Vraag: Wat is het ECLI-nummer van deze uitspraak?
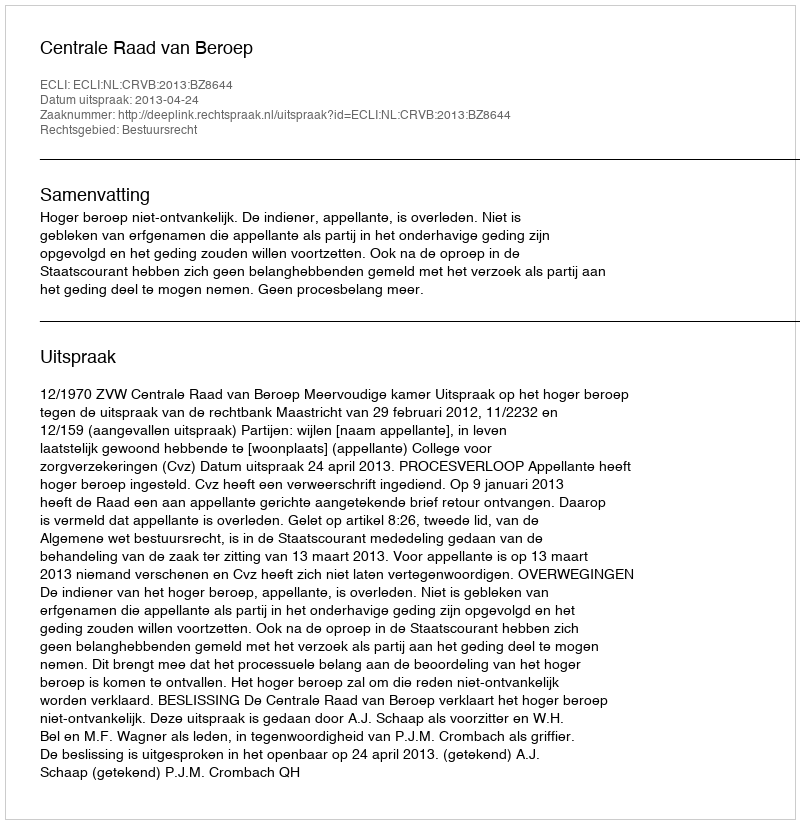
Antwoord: ECLI:NL:CRVB:2013:BZ8644